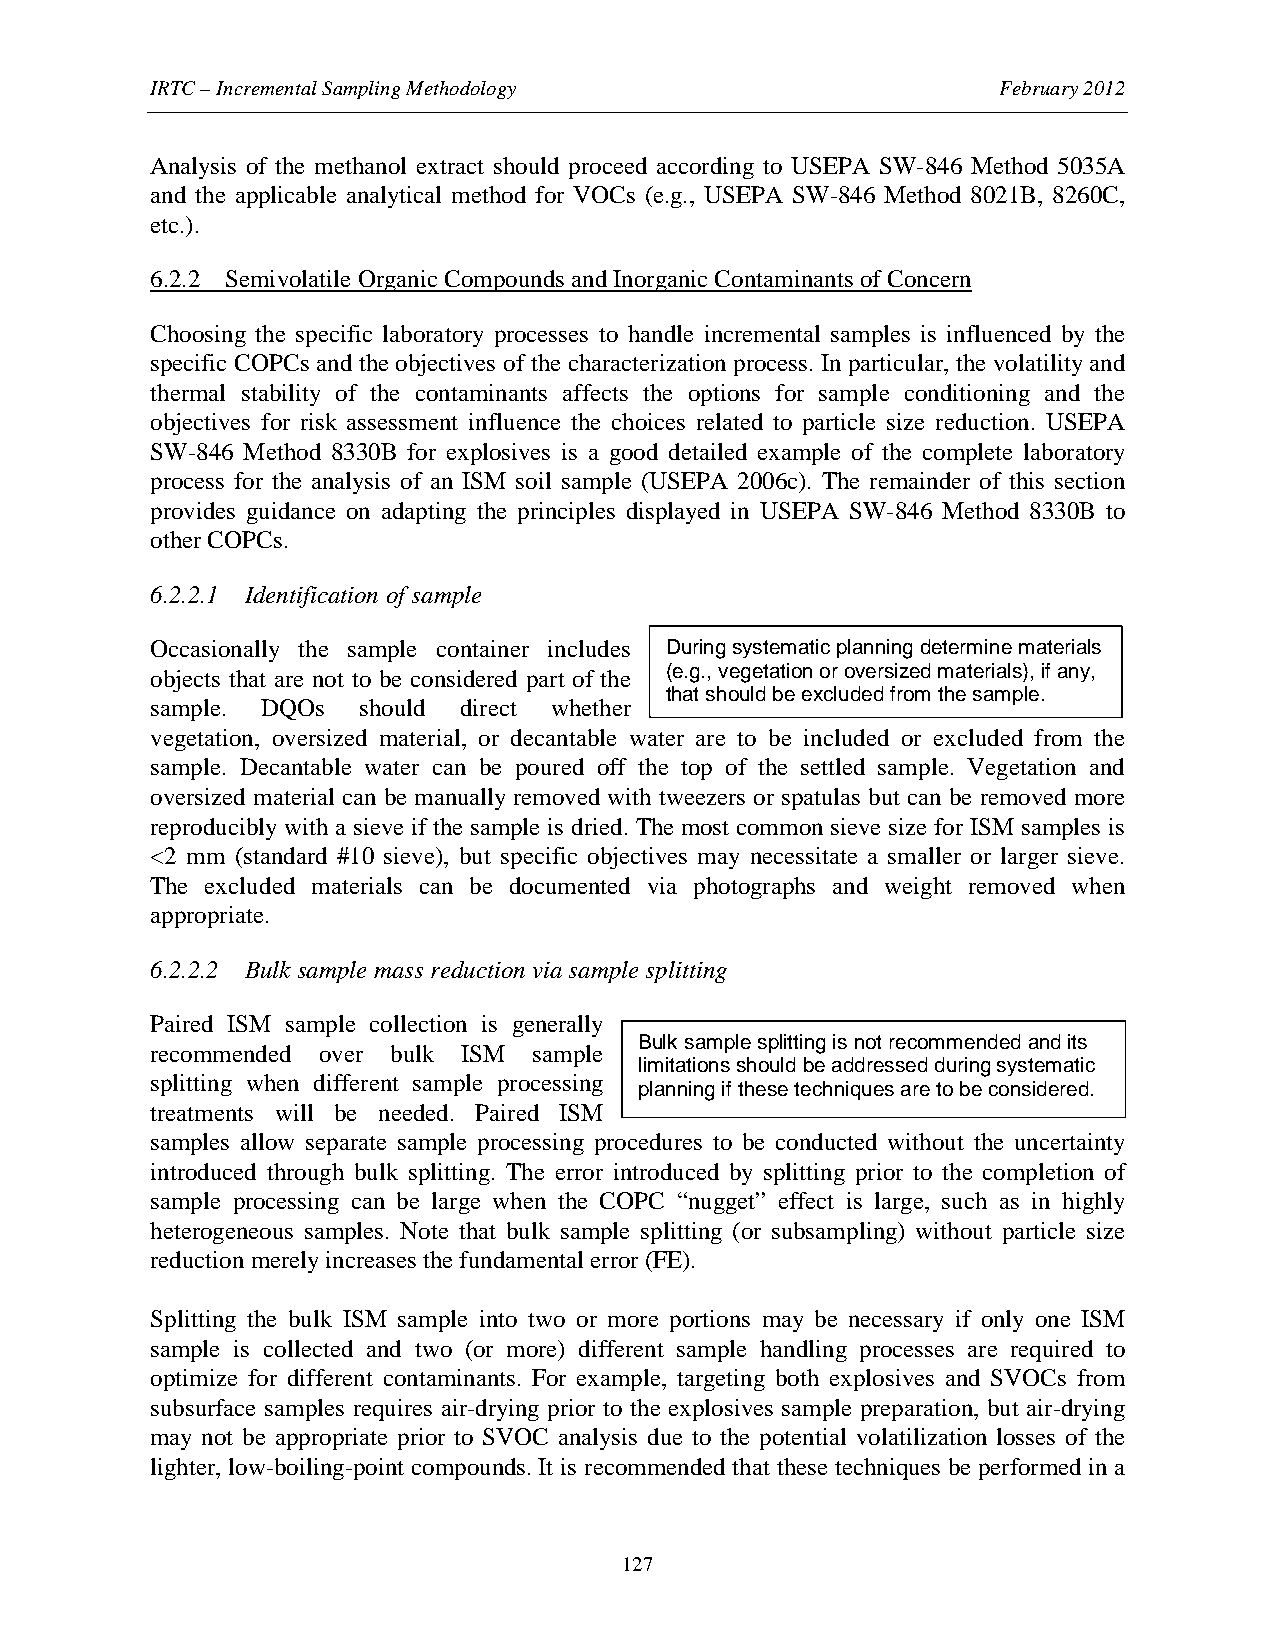
IRTC – Incremental Sampling Methodology                 February 2012
 Analysis of the methanol extract should proceed according to USEPA SW-846 Method 5035A
 and the applicable analytical method for VOCs (e.g., USEPA SW-846 Method 8021B, 8260C,
 etc.).
 6.2.2 Semivolatile Organic Compounds and Inorganic Contaminants of Concern
 Choosing the specific laboratory processes to handle incremental samples is influenced by the
 specific COPCs and the objectives of the characterization process. In particular, the volatility and
 thermal stability of the contaminants affects the options for sample conditioning and the
 objectives for risk assessment influence the choices related to particle size reduction. USEPA
 SW-846 Method 8330B for explosives is a good detailed example of the complete laboratory
 process for the analysis of an ISM soil sample (USEPA 2006c). The remainder of this section
 provides guidance on adapting the principles displayed in USEPA SW-846 Method 8330B to
 other COPCs.
 6.2.2.1 Identification of sample
 Occasionally the sample container includes During systematic planning determine materials
 objects that are not to be considered part of the (e.g., vegetation or oversized materials), if any,
 that should be excluded from the sample.
 sample. DQOs  should direct whether
 vegetation, oversized material, or decantable water are to be included or excluded from the
 sample. Decantable water can be poured off the top of the settled sample. Vegetation and
 oversized material can be manually removed with tweezers or spatulas but can be removed more
 reproducibly with a sieve if the sample is dried. The most common sieve size for ISM samples is
 <2 mm (standard #10 sieve), but specific objectives may necessitate a smaller or larger sieve.
 The excluded materials can be documented via photographs and weight removed when
 appropriate.
 6.2.2.2 Bulk sample mass reduction via sample splitting
 Paired ISM sample collection is generally
 Bulk sample splitting is not recommended and its
 recommended over bulk ISM sample
 limitations should be addressed during systematic
 splitting when different sample processing
 planning if these techniques are to be considered.
 treatments will be needed. Paired ISM
 samples allow separate sample processing procedures to be conducted without the uncertainty
 introduced through bulk splitting. The error introduced by splitting prior to the completion of
 sample processing can be large when the COPC “nugget” effect is large, such as in highly
 heterogeneous samples. Note that bulk sample splitting (or subsampling) without particle size
 reduction merely increases the fundamental error (FE).
 Splitting the bulk ISM sample into two or more portions may be necessary if only one ISM
 sample is collected and two (or more) different sample handling processes are required to
 optimize for different contaminants. For example, targeting both explosives and SVOCs from
 subsurface samples requires air-drying prior to the explosives sample preparation, but air-drying
 may not be appropriate prior to SVOC analysis due to the potential volatilization losses of the
 lighter, low-boiling-point compounds. It is recommended that these techniques be performed in a
 127